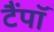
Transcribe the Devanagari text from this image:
टैंपॉ